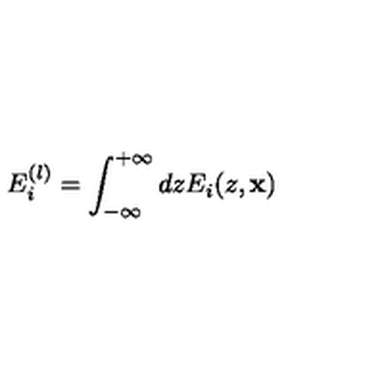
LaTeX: E _ { i } ^ { ( l ) } = \int _ { - \infty } ^ { + \infty } d z E _ { i } ( z , { \bf x } )